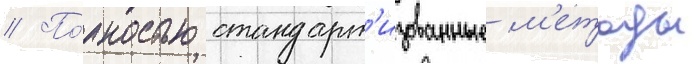
// По́лностью стандарт'изованные м'етоды